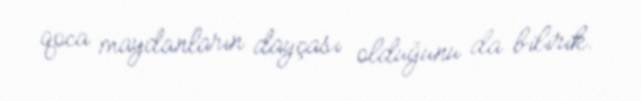
qoca maydanların dayçası olduğunu da bilirik.